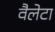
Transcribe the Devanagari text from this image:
वैलेटा